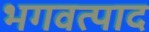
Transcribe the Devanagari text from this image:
भगवत्पाद